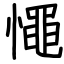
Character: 憴